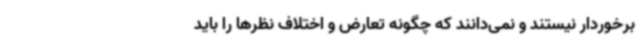
برخوردار نیستند و نمی‌دانند که چگونه تعارض و اختلاف نظرها را باید